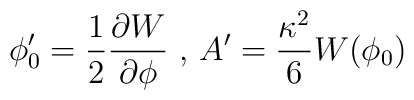
\phi_0 ' = \frac{1}{2} \frac{\partial W}{\partial \phi} \hbox{ , } A'=\frac{\kappa^2}{6} W(\phi_0)